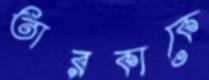
তারকাকে